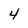
Character: 4